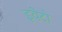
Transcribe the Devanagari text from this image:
इवेटो